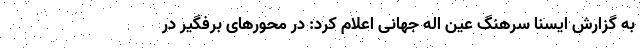
به گزارش ایسنا سرهنگ عین اله جهانی اعلام کرد: در محورهای برفگیر در